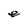
Character: e